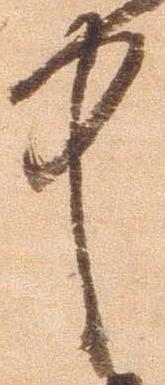
中